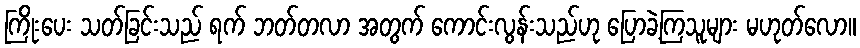
ကြိုးပေး သတ်ခြင်းသည် ရက် ဘတ်တလာ အတွက် ကောင်းလွန်းသည်ဟု ပြောခဲ့ကြသူများ မဟုတ်လော။